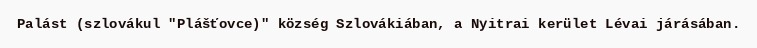
Palást (szlovákul "Plášťovce)" község Szlovákiában, a Nyitrai kerület Lévai járásában.